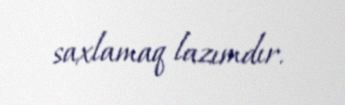
saxlamaq lazımdır.